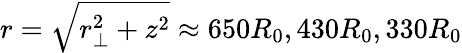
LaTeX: r=\sqrt{r_{\perp}^{2}+z^{2}}\approx 650R_{0},430R_{0},330R_{0}